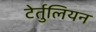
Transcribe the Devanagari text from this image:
टेर्तुलियन